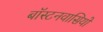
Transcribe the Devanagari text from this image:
बॉस्टनवासियों